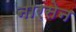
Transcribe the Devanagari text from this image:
नारसेन